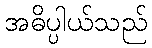
အဓိပ္ပါယ်သည်